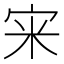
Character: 宩